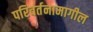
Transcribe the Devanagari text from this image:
परिवर्तनामागील